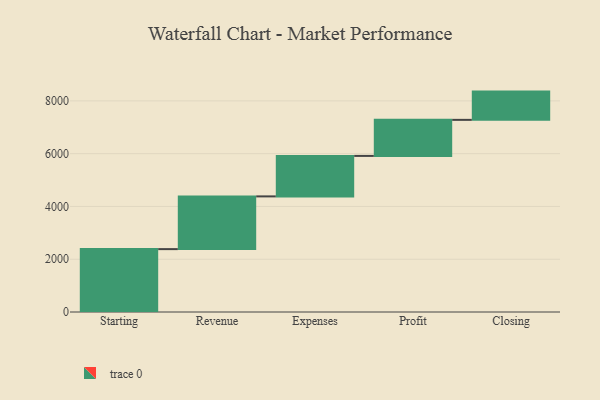
{"axis": {"x": "Step", "y": "Value"}, "legend": [""], "data": [{"x": "Starting", "y": 2383.0, "type": ""}, {"x": "Revenue", "y": 1998.0, "type": ""}, {"x": "Expenses", "y": 1534.0, "type": ""}, {"x": "Profit", "y": 1366.0, "type": ""}, {"x": "Closing", "y": 1071.0, "type": ""}]}